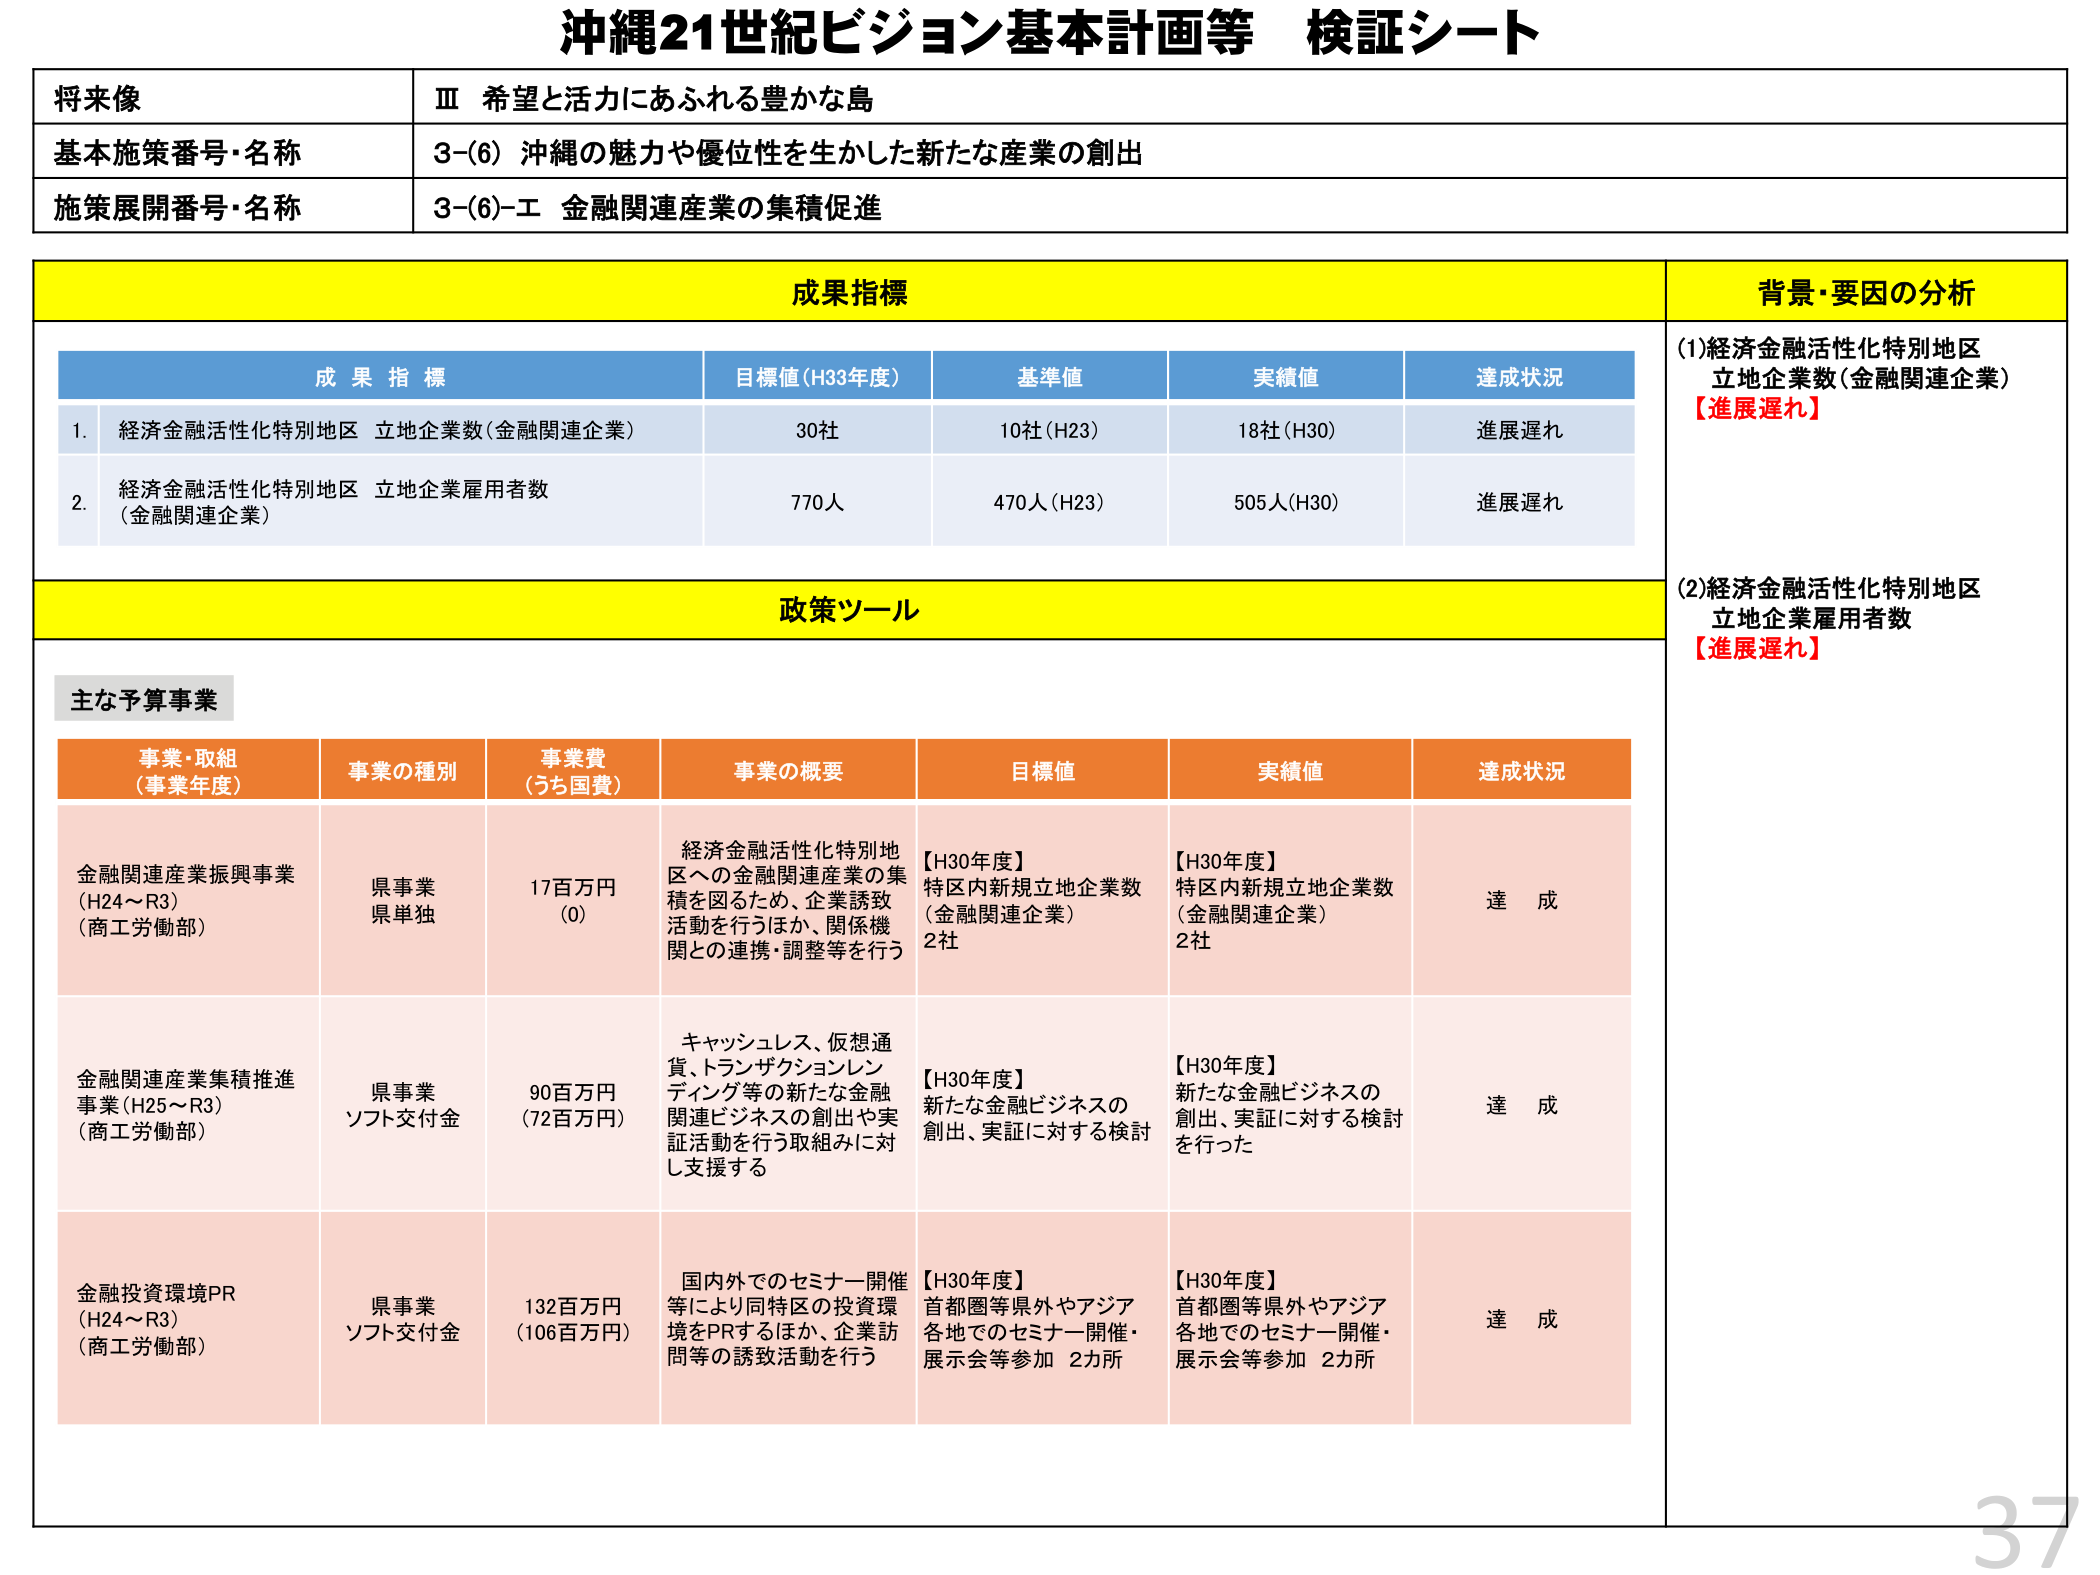
沖縄21世紀ビジョン基本計画等 検証シート

将来像
Ⅲ 希望と活力にあふれる豊かな島

基本施策番号・名称
3-(6) 沖縄の魅力や優位性を生かした新たな産業の創出

施策展開番号・名称
3-(6)-エ 金融関連産業の集積促進

成果指標
背景・要因の分析

成果指標
目標値(H33年度)
基準値
実績値
達成状況

1. 経済金融活性化特別地区 立地企業数(金融関連企業)
30社
10社(H23)
18社(H30)
進展遅れ

2. 経済金融活性化特別地区 立地企業雇用者数(金融関連企業)
770人
470人(H23)
505人(H30)
進展遅れ

(1)経済金融活性化特別地区 立地企業数(金融関連企業)
【進展遅れ】

(2)経済金融活性化特別地区 立地企業雇用者数
【進展遅れ】

政策ツール

主な予算事業

事業・取組（事業年度）
事業の種別
事業費（うち国費）
事業の概要
目標値
実績値
達成状況

金融関連産業振興事業(H24～R3)（商工労働部）
県事業 県単独
17百万円(0)
経済金融活性化特別地区への金融関連産業の集積を図るため、企業誘致活動を行うほか、関係機関との連携・調整等を行う
【H30年度】特区内新規立地企業数(金融関連企業) 2社
【H30年度】特区内新規立地企業数(金融関連企業) 2社
達成

金融関連産業集積推進事業(H25～R3)（商工労働部）
県事業 ソフト交付金
90百万円(72百万円)
キャッシュレス、仮想通貨、トランザクションレンディング等の新たな金融関連ビジネスの創出や実証活動を行う取組みに対し支援する
【H30年度】新たな金融ビジネスの創出、実証に対する検討
【H30年度】新たな金融ビジネスの創出、実証に対する検討を行った
達成

金融投資環境PR(H24～R3)（商工労働部）
県事業 ソフト交付金
132百万円(106百万円)
国内外でのセミナー開催等により同特区の投資環境をPRするほか、企業訪問等の誘致活動を行う
【H30年度】首都圏等県外やアジア各地でのセミナー開催・展示会等参加 2カ所
【H30年度】首都圏等県外やアジア各地でのセミナー開催・展示会等参加 2カ所
達成

37